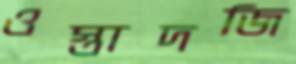
ওস্তাদজি